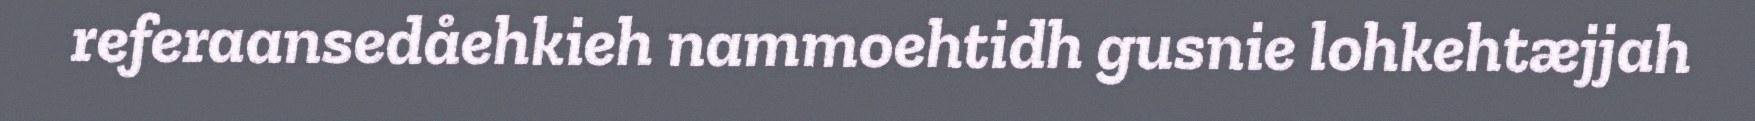
referaansedåehkieh nammoehtidh gusnie lohkehtæjjah